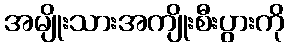
အမျိုးသားအကျိုးစီးပွားကို